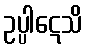
ဥပ္ပါဋေသိ